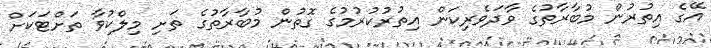
އޭގެ އިތުރުން މުބާރާތުގެ ވާދަވެރިކަން އިތުރުކުރުމުގެ ގޮތުން މުބާރާތުގެ ތަށި މިލްކުވާ ތަށްޓަކަށް